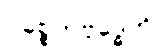
ပစ္စေကဗုဒ္ဓေဟိ